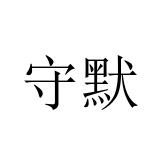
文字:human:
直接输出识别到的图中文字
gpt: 守默